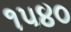
૧૫૪૦